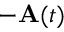
- \mathbf { A } ( t )